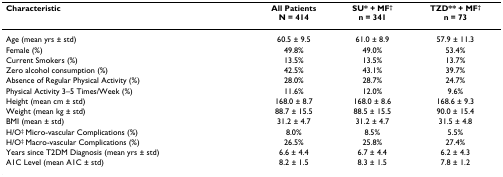
<table><thead><tr><td><b>Characteristic</b></td><td><b>All PatientsN = 414</b></td><td><b>SU* + MF<sup>†</sup>n = 341</b></td><td><b>TZD** + MF<sup>†</sup>n = 73</b></td></tr></thead><tbody><tr><td>Age (mean yrs ± std)</td><td>60.5 ± 9.5</td><td>61.0 ± 8.9</td><td>57.9 ± 11.3</td></tr><tr><td>Female (%)</td><td>49.8%</td><td>49.0%</td><td>53.4%</td></tr><tr><td>Current Smokers (%)</td><td>13.5%</td><td>13.5%</td><td>13.7%</td></tr><tr><td>Zero alcohol consumption (%)</td><td>42.5%</td><td>43.1%</td><td>39.7%</td></tr><tr><td>Absence of Regular Physical Activity (%)</td><td>28.0%</td><td>28.7%</td><td>24.7%</td></tr><tr><td>Physical Activity 3–5 Times/Week (%)</td><td>11.6%</td><td>12.0%</td><td>9.6%</td></tr><tr><td>Height (mean cm ± std)</td><td>168.0 ± 8.7</td><td>168.0 ± 8.6</td><td>168.6 ± 9.3</td></tr><tr><td>Weight (mean kg ± std)</td><td>88.7 ± 15.5</td><td>88.5 ± 15.5</td><td>90.0 ± 15.4</td></tr><tr><td>BMI (mean ± std)</td><td>31.2 ± 4.7</td><td>31.2 ± 4.7</td><td>31.5 ± 4.8</td></tr><tr><td>H/O<sup>‡ </sup>Micro-vascular Complications (%)</td><td>8.0%</td><td>8.5%</td><td>5.5%</td></tr><tr><td>H/O<sup>‡ </sup>Macro-vascular Complications (%)</td><td>26.5%</td><td>25.8%</td><td>27.4%</td></tr><tr><td>Years since T2DM Diagnosis (mean yrs ± std)</td><td>6.6 ± 4.4</td><td>6.7 ± 4.4</td><td>6.2 ± 4.3</td></tr><tr><td>A1C Level (mean A1C ± std)</td><td>8.2 ± 1.5</td><td>8.3 ± 1.5</td><td>7.8 ± 1.2</td></tr></tbody></table>